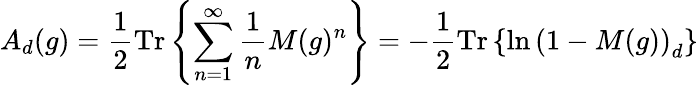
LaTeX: A_{d}(g)=\frac{1}{2}\mathrm{Tr}\left\{ \sum_{n=1}^{\infty}{\frac{1}{n}}M(g)^{n}\right\} =-\frac{1}{2}\mathrm{Tr}\left\{ \ln\left(1-M(g)\right)_{d}\right\}